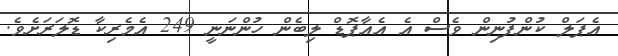
އެޕަލް ކުންފުނިން ވެސް އެ އެއާޕޮޑް ލިބެން ހުންނަނީ 249 އެމެރިކާ ޑޮލަރަށެވެ.